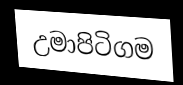
උමාපිටිගම